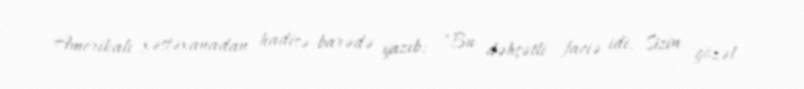
Amerikalı xəstəxanadan hadisə barədə yazıb: "Bu dəhşətli faciə idi. Sizin gözəl